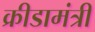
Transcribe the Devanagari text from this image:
क्रीडामंत्री